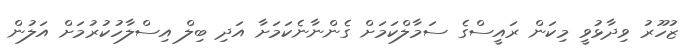
ޒުހޫރު ވިދާޅުވީ މިކަން ރައީސްގެ ސަމާލްކަމަށް ގެންނާނެކަމަށާ އަދި ބިލް އިސްލާހުކުރުމަށް އަލުން